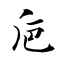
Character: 巵